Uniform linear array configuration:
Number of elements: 24
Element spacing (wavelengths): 1
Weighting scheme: blackman
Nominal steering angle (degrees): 45
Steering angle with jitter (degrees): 44.813
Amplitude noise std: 0.05
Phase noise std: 0.05

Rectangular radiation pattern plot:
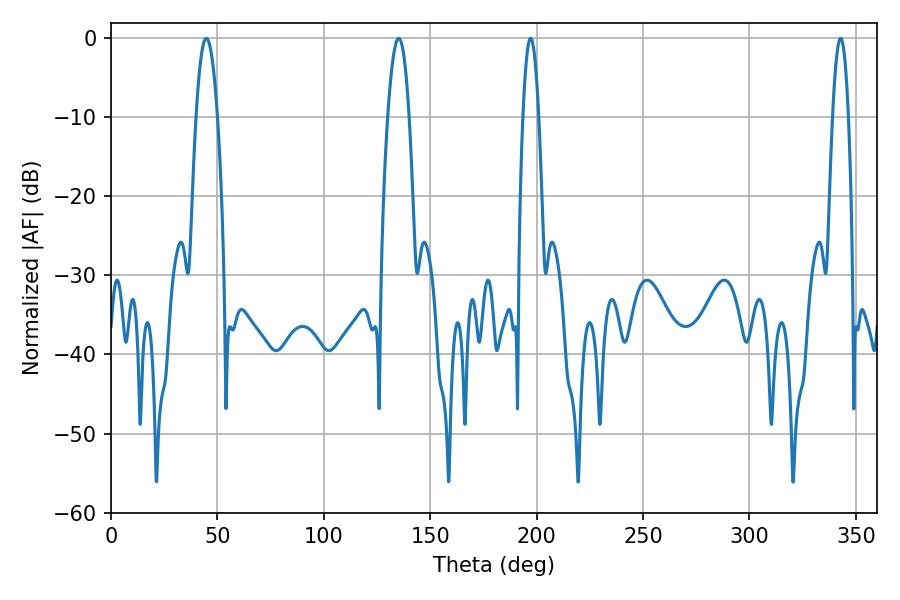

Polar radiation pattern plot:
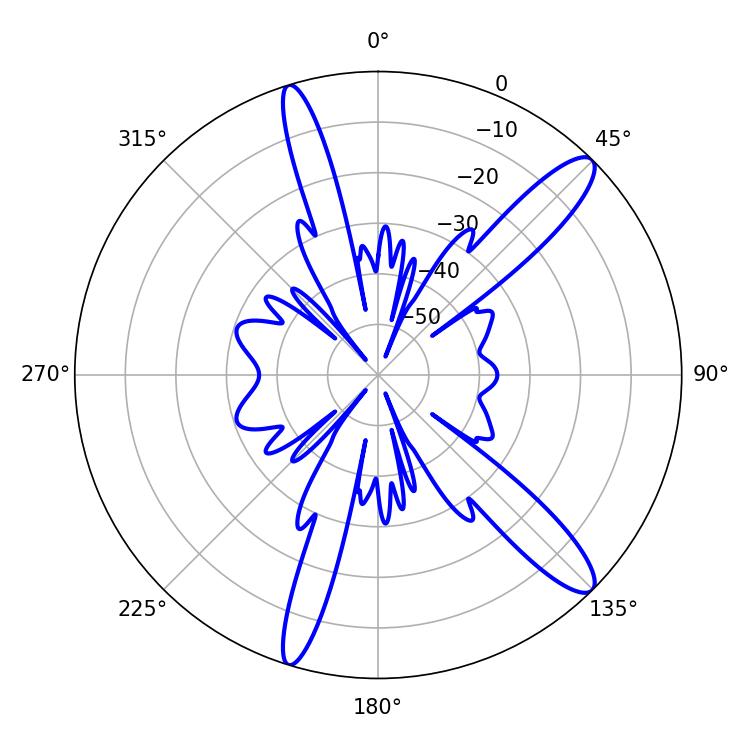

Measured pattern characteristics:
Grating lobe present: TRUE
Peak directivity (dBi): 12.961
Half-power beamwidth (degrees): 5.58
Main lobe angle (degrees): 44.82